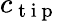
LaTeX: c_{\mathrm{~t~i~p~}}